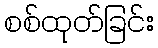
စစ်ထုတ်ခြင်း